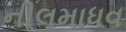
નીલમાધવ